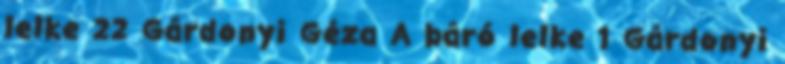
lelke 22 Gárdonyi Géza A báró lelke 1 Gárdonyi